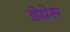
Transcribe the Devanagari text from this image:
डेग्रेस